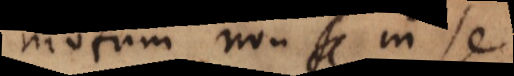
motum non in se